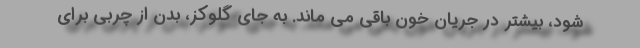
شود، بیشتر در جریان خون باقی می ماند. به جای گلوکز، بدن از چربی برای